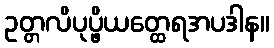
ဥတ္တလိပုပ္ဖိယတ္ထေရအပဒါန။